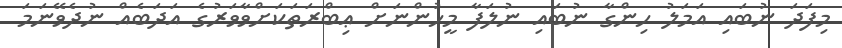
މިފަދަ ނުބައި އަމަލު ހިންގާ ނުބައި ނުލަފާ މީހުންނަށް ޢިބްރަތަކަށްވާވަރުގެ އަދަބެއް ނުދެވޭނަމަ